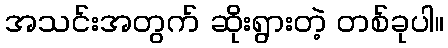
အသင်းအတွက် ဆိုးရွားတဲ့ တစ်ခုပါ။